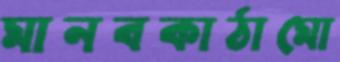
মানবকাঠামো